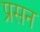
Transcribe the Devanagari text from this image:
प्रसन